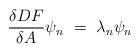
LaTeX: \begin{align*}{\delta D F \over \delta A } \psi_n ~=~ \lambda_n \psi_n\end{align*}